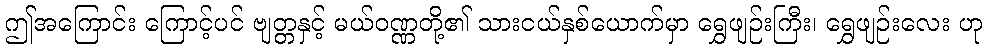
ဤအကြောင်း ကြောင့်ပင် ဗျတ္တနှင့် မယ်ဝဏ္ဏတို့၏ သားငယ်နှစ်ယောက်မှာ ရွှေဖျဉ်းကြီး၊ ရွှေဖျဉ်းလေး ဟု